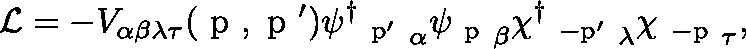
{ \cal { L } } = - V _ { \alpha \beta \lambda \tau } ( \mathrm { \boldmath ~ p ~ } , \mathrm { \boldmath ~ p ~ } ^ { \prime } ) { \psi ^ { \dagger } { \mathrm { \boldmath ~ _ { p ^ { \prime } } ~ } } } _ { \alpha } \psi { \mathrm { \boldmath ~ _ { p } ~ } _ { \beta } } \chi ^ { \dagger } { \mathrm { \boldmath ~ _ { - p ^ { \prime } } ~ } _ { \lambda } } \chi ^ { } { \mathrm { \boldmath ~ _ { - p } ~ } _ { \tau } } ,